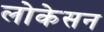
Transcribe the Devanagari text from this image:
लोकेसन